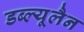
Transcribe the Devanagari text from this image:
डब्ल्यूलैन